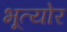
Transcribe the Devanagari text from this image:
भूत्योर